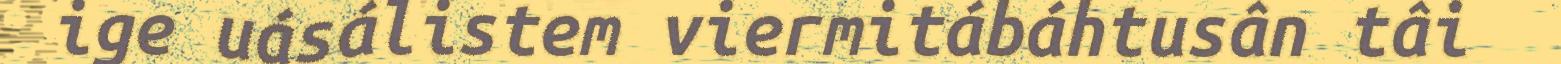
ige uásálistem viermitábáhtusân tâi